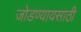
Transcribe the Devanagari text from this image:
जोडण्यायसाठी